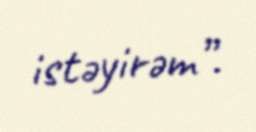
istəyirəm”.